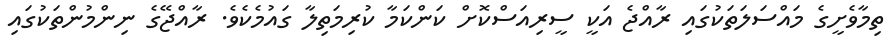
ތިމާވެށީގެ މައްސަލަތަކުގައި ރާއްޖެ އަކީ ސީރިއަސްކޮށް ކަންކަމާ ކުރިމަތިލާ ގައުމެކެވެ. ރާއްޖޭގެ ނިންމުންތަކުގައި